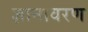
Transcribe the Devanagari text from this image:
ज्ञानावरण